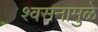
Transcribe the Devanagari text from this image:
श्वसनामुळे